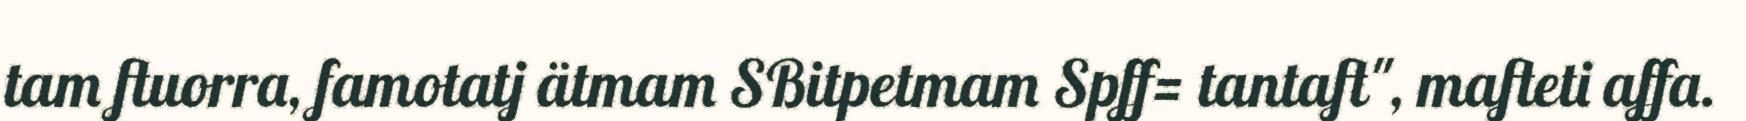
tam ftuorra, famotatj ätmam SBitpetmam Spff= tantaft", mafteti affa.